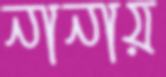
নানায়